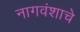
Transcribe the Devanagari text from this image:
नागवंशाचे